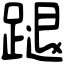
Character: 蹆